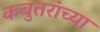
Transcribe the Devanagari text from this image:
कबुतरांच्या